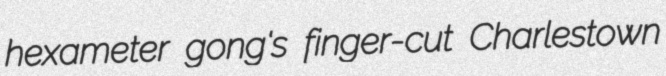
hexameter gong's finger-cut Charlestown